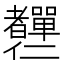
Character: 𦓍